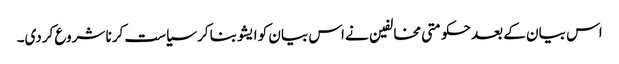
اس بیان کے بعد حکومتی مخالفین نے اس بیان کو ایشو بنا کر سیاست کرنا شروع کردی۔